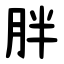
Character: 胖